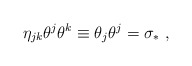
\begin{align*}\eta_{jk}\theta^j \theta^k \equiv \theta_j \theta^j=\sigma_{\ast} \; ,\end{align*}